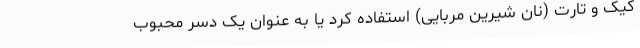
کیک و تارت (نان شیرین مربایی) استفاده کرد یا به عنوان یک دسر محبوب